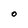
Character: O